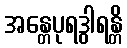
အန္တေပုရဒွါရန္တိ